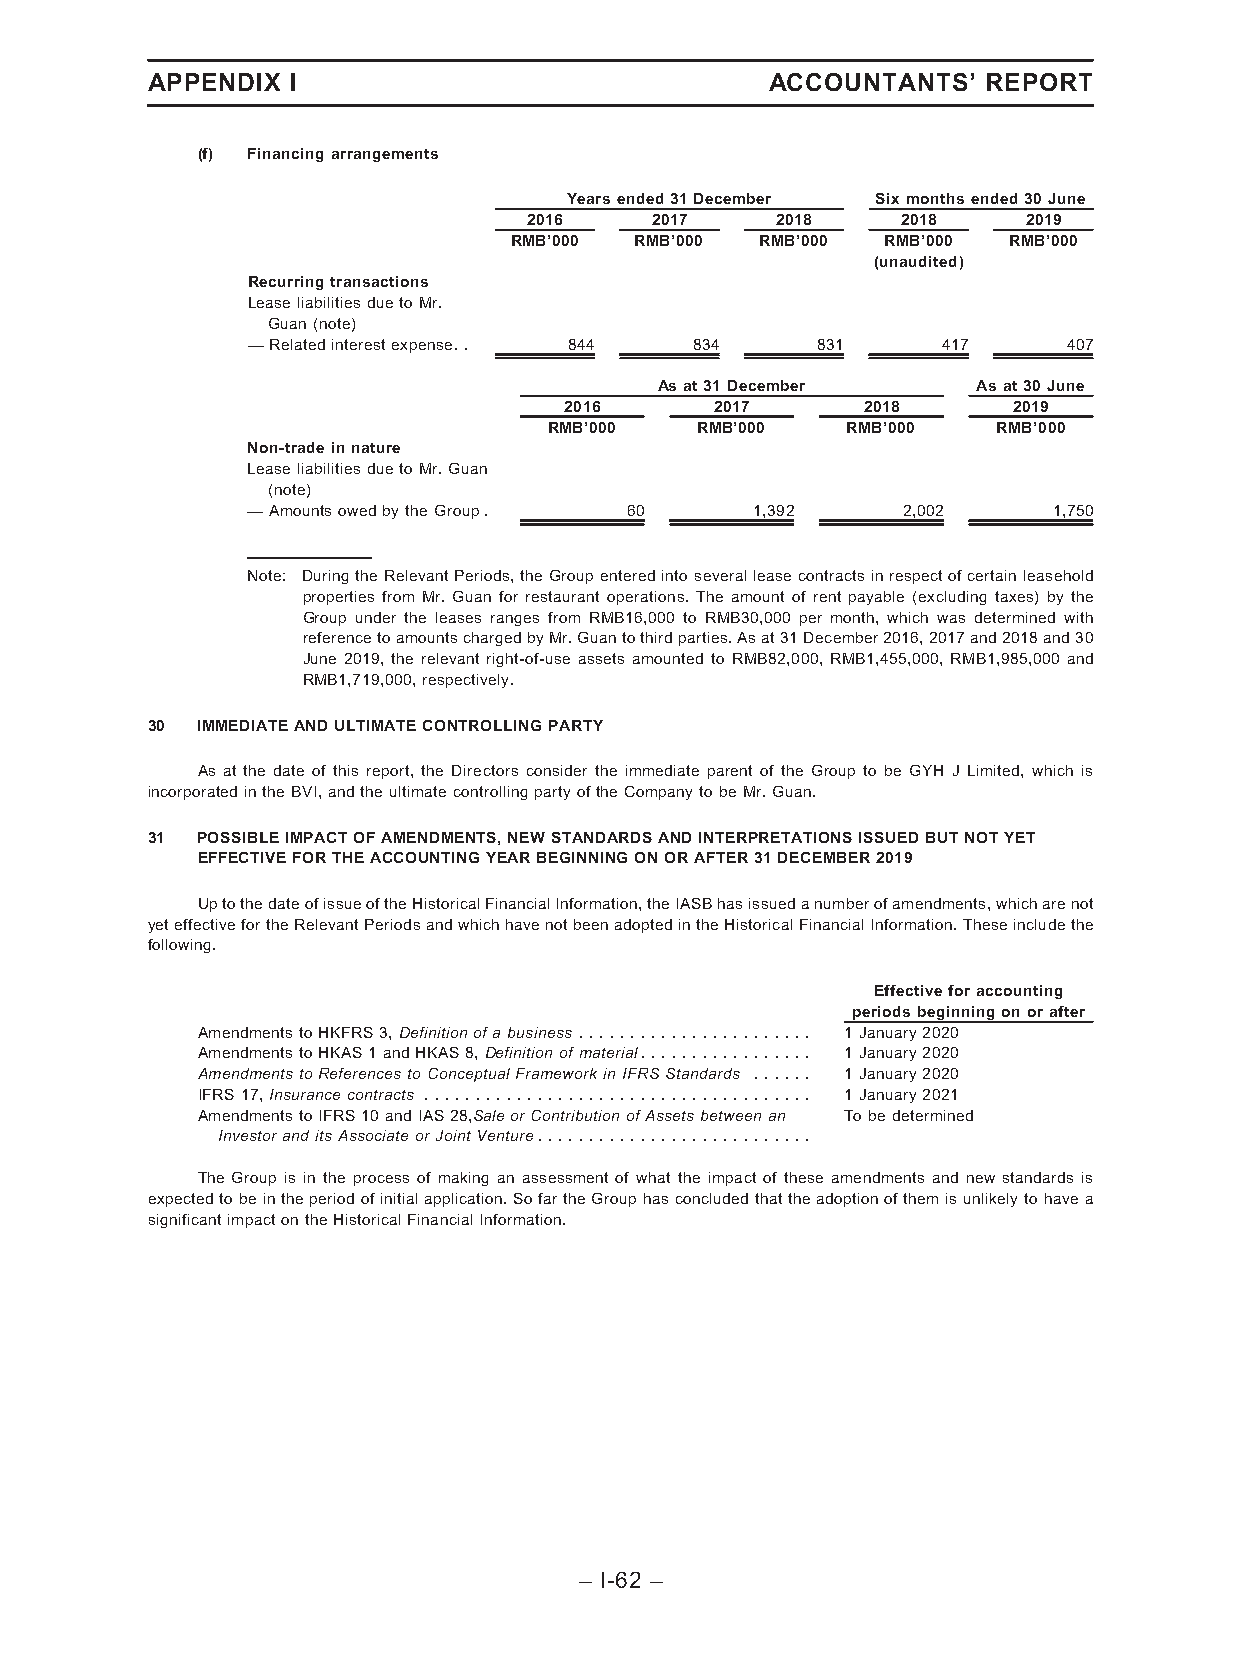
APPENDIX I                               ACCOUNTANTS’  REPORT
 (f) Financingarrangements
 Yearsended31December Sixmonthsended30June
 2016    2017    2018     2018    2019
 RMB’000 RMB’000 RMB’000  RMB’000 RMB’000
 (unaudited)
 Recurringtransactions
 LeaseliabilitiesduetoMr.
 Guan(note)
 —Relatedinterestexpense.. 844 834     831     417      407
 Asat31December       Asat30June
 2016      2017      2018      2019
 RMB’000   RMB’000   RMB’000   RMB’000
 Non-tradeinnature
 LeaseliabilitiesduetoMr.Guan
 (note)
 —AmountsowedbytheGroup.  60       1,392     2,002     1,750
 Note: DuringtheRelevantPeriods,theGroupenteredintoseveralleasecontractsinrespectofcertainleasehold
 properties from Mr. Guan for restaurant operations. The amount of rent payable (excluding taxes) by the
 Group under the leases ranges from RMB16,000 to RMB30,000 per month, which was determined with
 referencetoamountschargedbyMr.Guantothirdparties.Asat31December2016,2017and2018and30
 June 2019, the relevant right-of-use assets amounted to RMB82,000, RMB1,455,000, RMB1,985,000 and
 RMB1,719,000,respectively.
 30 IMMEDIATEANDULTIMATECONTROLLINGPARTY
 As at the date of this report, the Directors consider the immediate parent of the Group to be GYH J Limited, which is
 incorporatedintheBVI,andtheultimatecontrollingpartyoftheCompanytobeMr.Guan.
 31 POSSIBLEIMPACTOFAMENDMENTS,NEWSTANDARDSANDINTERPRETATIONSISSUEDBUTNOTYET
 EFFECTIVEFORTHEACCOUNTINGYEARBEGINNINGONORAFTER31DECEMBER2019
 UptothedateofissueoftheHistoricalFinancialInformation,theIASBhasissuedanumberofamendments,whicharenot
 yeteffectivefortheRelevantPeriodsandwhichhavenotbeenadoptedintheHistoricalFinancialInformation.Theseincludethe
 following.
 Effectiveforaccounting
 periodsbeginningonorafter
 AmendmentstoHKFRS3,Definitionofabusiness ....................... 1January2020
 AmendmentstoHKAS1andHKAS8,Definitionofmaterial................. 1January2020
 AmendmentstoReferencestoConceptualFrameworkinIFRSStandards ...... 1January2020
 IFRS17,Insurancecontracts ...................................... 1January2021
 AmendmentstoIFRS10andIAS28,SaleorContributionofAssetsbetweenan Tobedetermined
 InvestoranditsAssociateorJointVenture...........................
 The Group is in the process of making an assessment of what the impact of these amendments and new standards is
 expectedtobeintheperiodofinitialapplication.SofartheGrouphasconcludedthattheadoptionofthemisunlikelytohavea
 significantimpactontheHistoricalFinancialInformation.
 – I-62 –